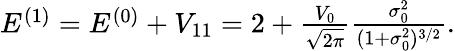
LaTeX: \begin{array}{r}{E^{(1)}=E^{(0)}+V_{11}=2+\frac{V_{0}}{\sqrt{2\pi}}\frac{\sigma_{0}^{2}}{(1+\sigma_{0}^{2})^{3/2}}.}\end{array}